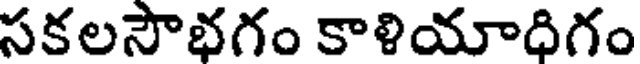
సకలసౌభగం కాళియాధిగం